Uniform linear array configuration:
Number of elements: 32
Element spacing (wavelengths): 0.5
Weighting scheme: cosine
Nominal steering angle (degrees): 0
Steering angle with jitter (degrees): -1.849
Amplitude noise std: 0.05
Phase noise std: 0.05

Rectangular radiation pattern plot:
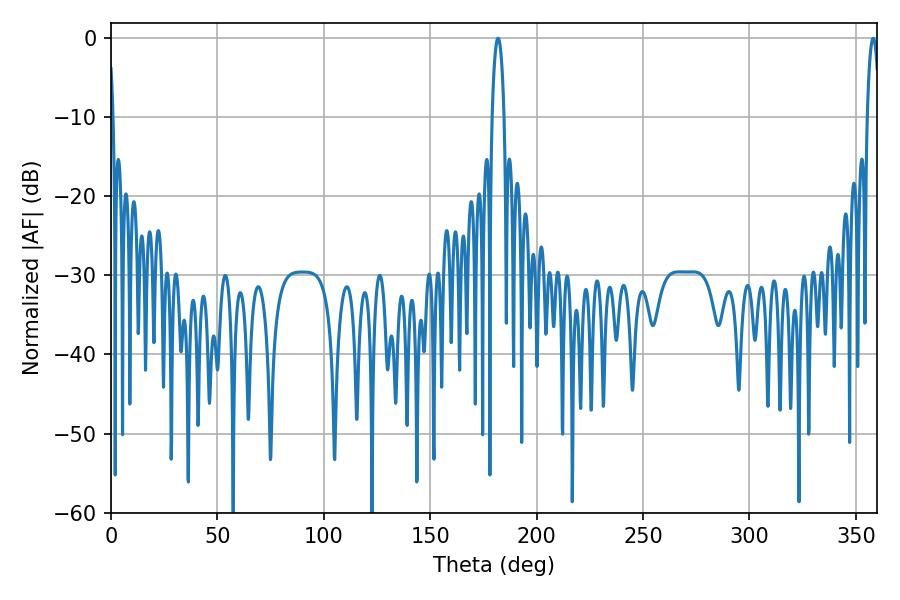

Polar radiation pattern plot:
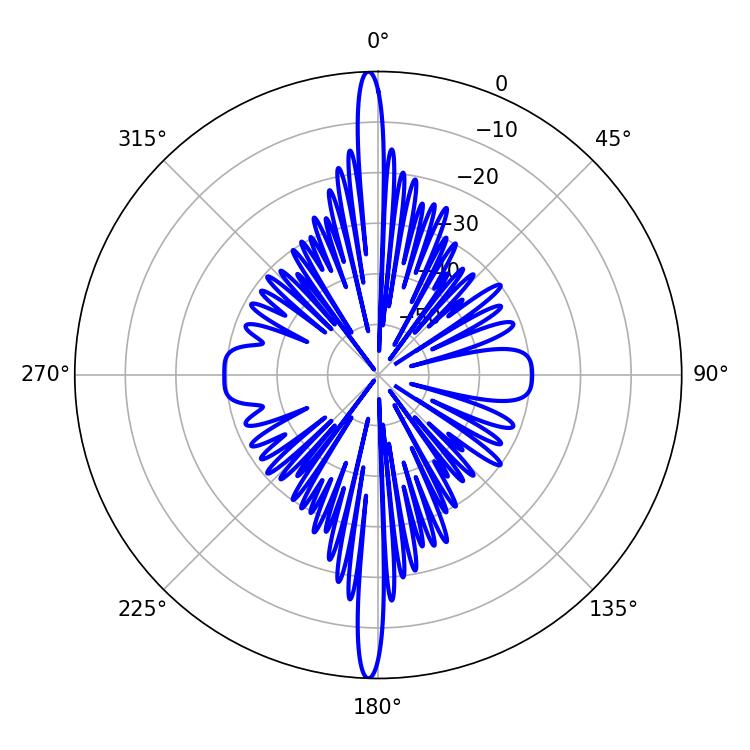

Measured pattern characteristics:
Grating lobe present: FALSE
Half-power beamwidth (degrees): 3.06
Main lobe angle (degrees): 181.8